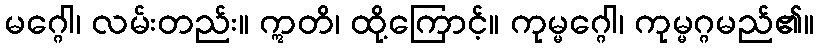
မဂ္ဂေါ၊ လမ်းတည်း။ ဣတိ၊ ထို့ကြောင့်။ ကုမ္မဂ္ဂေါ၊ ကုမ္မဂ္ဂမည်၏။